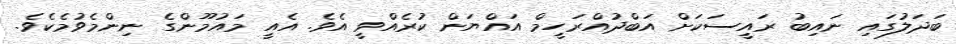
ބަދަލުގައި ނައިބު ރައީސަކަށް އަބްދުއްރަހީމް އައްޔަން ކުރެއްވީ އެވެ. އެއީ މައުމޫންގެ ނިންމެވުމެކެވެ.